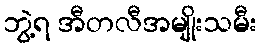
ဘွဲ့ရ အီတလီအမျိုးသမီး